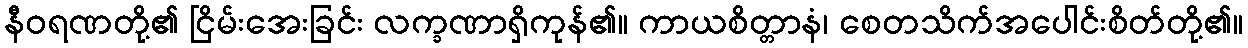
နီဝရဏတို့၏ ငြိမ်းအေးခြင်း လက္ခဏာရှိကုန်၏။ ကာယစိတ္တာနံ၊ စေတသိက်အပေါင်းစိတ်တို့၏။